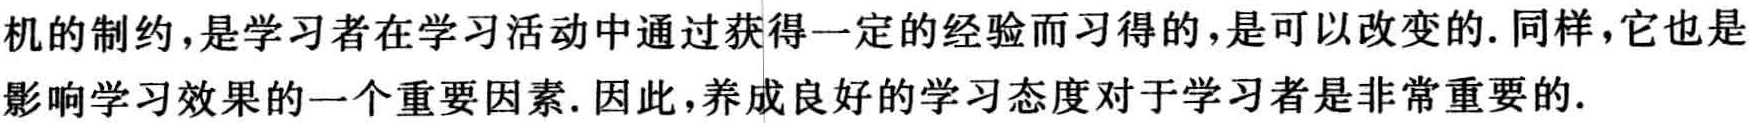
机的制约,是学习者在学习活动中通过获得一定的经验而习得的,是可以改变的. 同样,它也是影响学习效果的一个重要因素. 因此,养成良好的学习态度对于学习者是非常重要的.